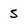
Character: 5